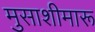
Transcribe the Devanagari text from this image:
मुसाशीमारू